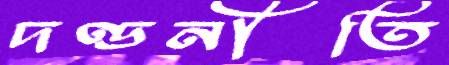
দণ্ডনীতি